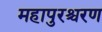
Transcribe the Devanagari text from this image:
महापुरश्चरण